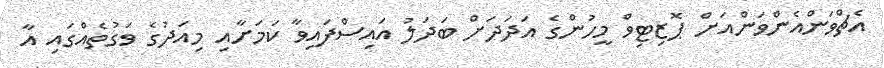
އެޗްވަންއެންވަންއަށް ޕޮޒިޓިވް މީހުންގެ އަދަދަށް ބަދަލު އައިސްފައިވާ ކަމަށާއި މިއަދުގެ ވަގުތެއްގައި އާ